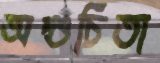
অশুচিতা